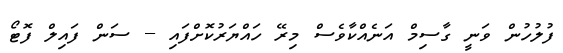
ފުލުހުން ވަނީ ގާސިމް އަނެއްކާވެސް މިރޭ ހައްޔަރުކޮށްފައި -- ސަން ފައިލް ފޮޓޯ